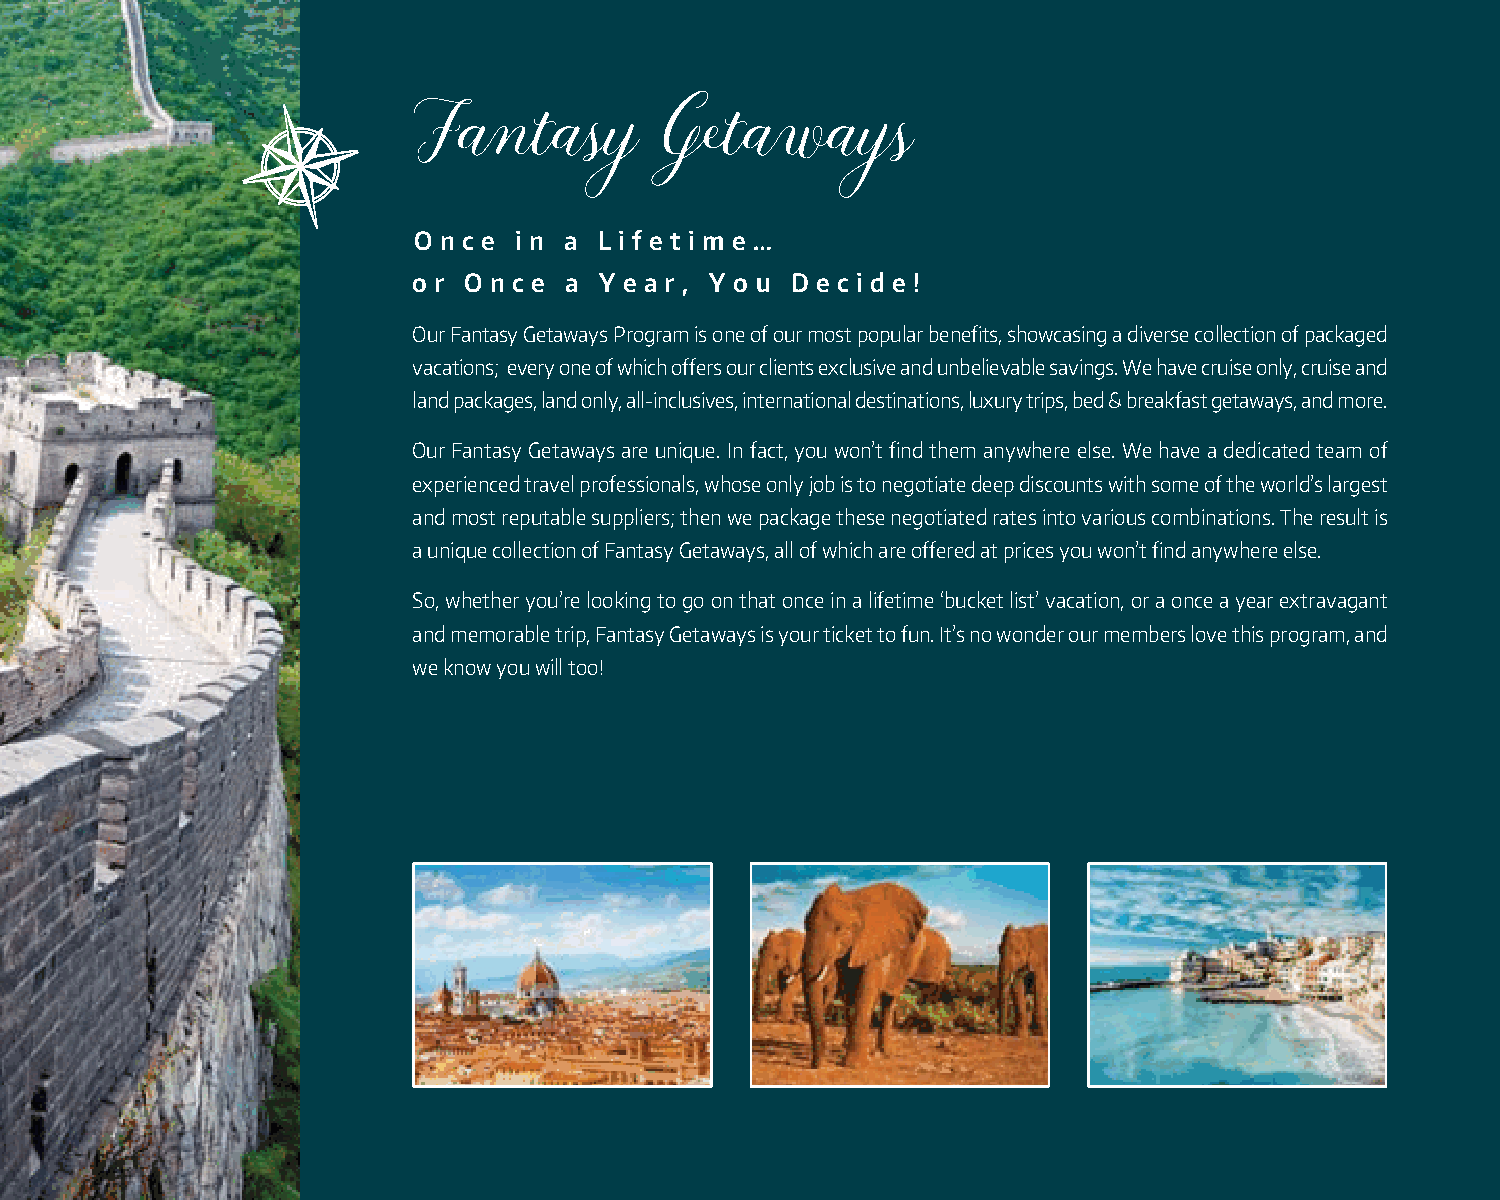
Fantasy          Getaways
 O n c e i n a L i f e t i m e …
 o r O n c e a Y e a r , Y o u D e c i d e !
 Our Fantasy Getaways Program is one of our most popular benefits, showcasing a diverse collection of packaged
 vacations; every one of which offers our clients exclusive and unbelievable savings. We have cruise only, cruise and
 land packages, land only, all-inclusives, international destinations, luxury trips, bed & breakfast getaways, and more.
 Our Fantasy Getaways are unique. In fact, you won’t find them anywhere else. We have a dedicated team of
 experienced travel professionals, whose only job is to negotiate deep discounts with some of the world’s largest
 and most reputable suppliers; then we package these negotiated rates into various combinations. The result is
 a unique collection of Fantasy Getaways, all of which are offered at prices you won’t find anywhere else.
 So, whether you’re looking to go on that once in a lifetime ‘bucket list’ vacation, or a once a year extravagant
 and memorable trip, Fantasy Getaways is your ticket to fun. It’s no wonder our members love this program, and
 we know you will too!